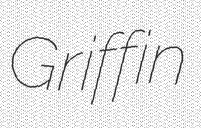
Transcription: Griffin